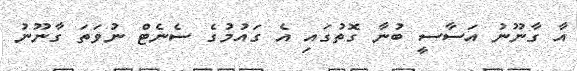
އާ ގާނޫނު އަސާސީ ބުނާ ގޮތުގައި އެ ގައުމުގެ ސެނެޓް ނުވަތަ ގާނޫނު